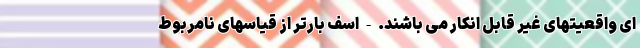
ای واقعیتهای غیر قابل انکار می باشند. - اسف بارتر از قیاسهای نامربوط